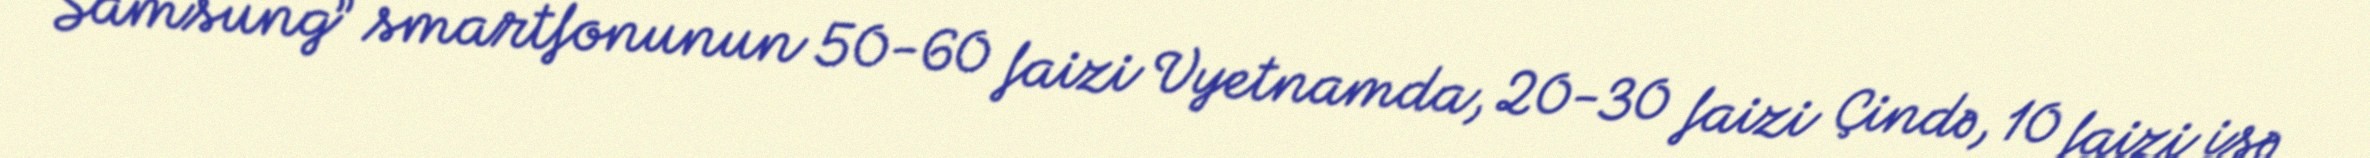
“Samsung” smartfonunun 50-60 faizi Vyetnamda, 20-30 faizi Çində, 10 faizi isə